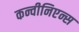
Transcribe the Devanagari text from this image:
कन्वीनिएन्स